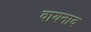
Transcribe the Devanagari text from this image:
वायनाद